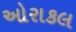
ઓરાકલ